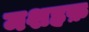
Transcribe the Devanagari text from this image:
मशहफ़